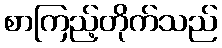
စာကြည့်တိုက်သည်